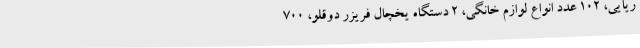
ریایی، 102 عدد انواع لوازم خانگی، 2 دستگاه یخچال فریزر دوقلو، 700